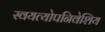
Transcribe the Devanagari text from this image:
स्वयत्योपनिवेशिय